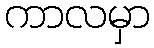
ကာလမှာ